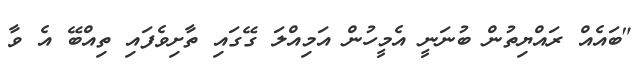
"ބައެއް ރައްޔިތުން ބުނަނީ އެމީހުން އަމިއްލަ ގޭގައި ތާށިވެފައި ތިއްބޭ އެ ވާ